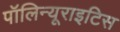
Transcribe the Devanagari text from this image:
पॉलिन्यूराइटिस